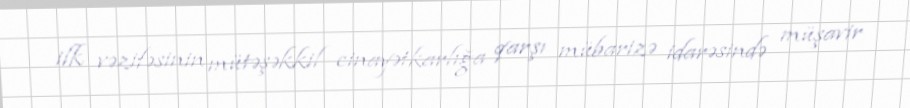
ilk vəzifəsinin mütəşəkkil cinayətkarlığa qarşı mübarizə idarəsində müşavir